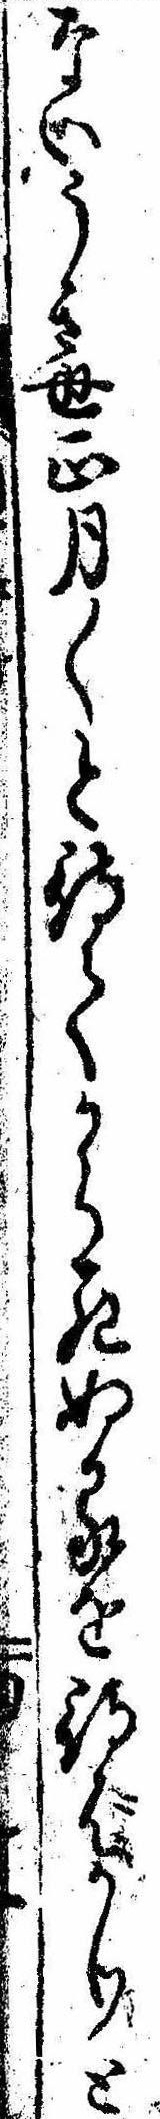
ないうき世正月〱と待てから死ぬるを待ばかりと